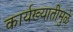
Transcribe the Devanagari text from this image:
कार्यख्यातीमुळे